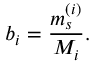
b _ { i } = \frac { m _ { s } ^ { ( i ) } } { M _ { i } } .